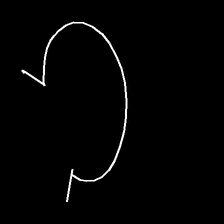
Glyph: weave